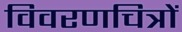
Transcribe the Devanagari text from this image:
विवरणचित्रों